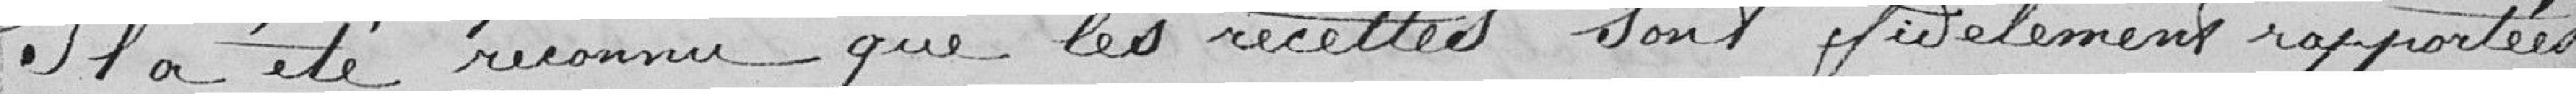
Il a été reconnu que les recettes sont fidèlement rapportées